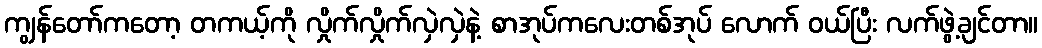
ကျွန်တော်ကတော့ တကယ့်ကို လှိုက်လှိုက်လှဲလှဲနဲ့ စာအုပ်ကလေးတစ်အုပ် လောက် ဝယ်ပြီး လက်ဖွဲ့ချင်တာ။